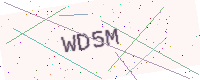
Text: WD5M